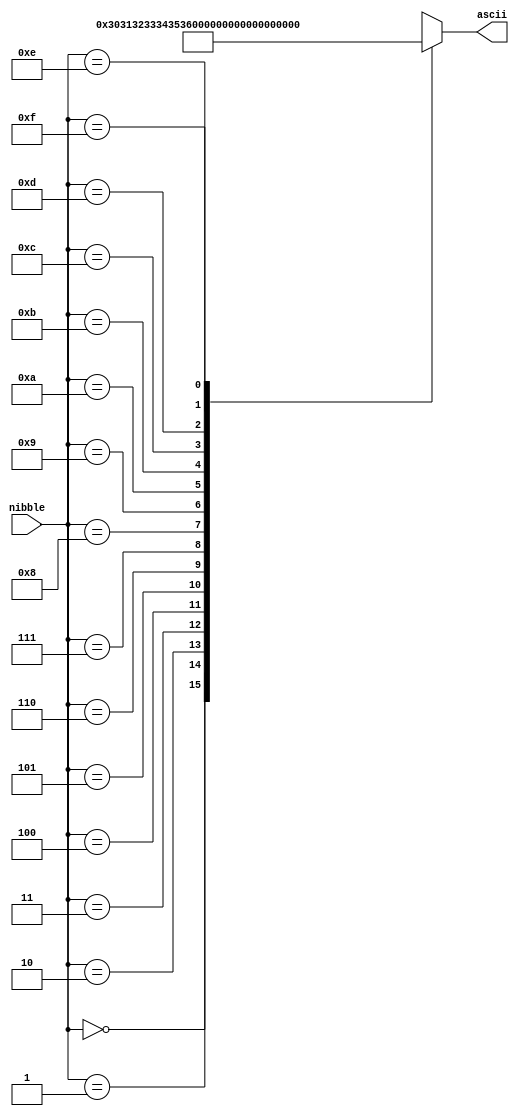
module bin2ascii
(
    input [3:0] nibble,
    output [7:0] ascii
);

    reg [7:0] values [15:0];
    assign values[0] = "0";
    assign values[1] = "1";
    assign values[2] = "2";
    assign values[3] = "3";
    assign values[4] = "4";
    assign values[5] = "5";
    assign values[6] = "6";
    assign values[7] = "7";
    assign values[8] = "8";
    assign values[9] = "9";
    assign values[10] = "a";
    assign values[11] = "b";
    assign values[12] = "c";
    assign values[13] = "d";
    assign values[14] = "e";
    assign values[15] = "f";

    assign ascii = values[nibble];
    
endmodule